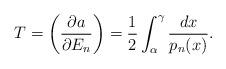
LaTeX: \begin{align*}T = \left( \frac{ \partial a}{\partial E_n } \right) =\frac{1}{2} \int_\alpha^\gamma \frac{dx}{p_n (x) } .\end{align*}